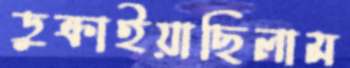
ডুক্‌রাইয়াছিলাম